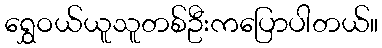
ရွှေဝယ်ယူသူတစ်ဦးကပြောပါတယ်။